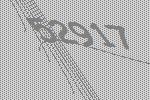
52917